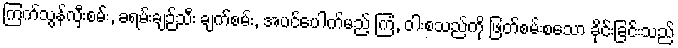
ကြက်သွန်လှီးစမ်း, ခရမ်းချဉ်သီး ချက်စမ်း, အပင်ပေါက်မည့် ကြံ, ဝါးစသည်ကို ဖြတ်စမ်းစသော ခိုင်းခြင်းသည်